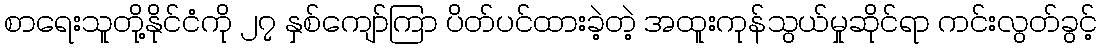
စာရေးသူတို့နိုင်ငံကို ၂၇ နှစ်ကျော်ကြာ ပိတ်ပင်ထားခဲ့တဲ့ အထူးကုန်သွယ်မှုဆိုင်ရာ ကင်းလွတ်ခွင့်